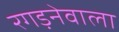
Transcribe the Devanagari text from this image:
रगड़नेवाला